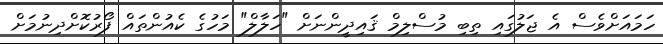
ހަމައަށްވެސް އެ ޖަލުގައި ތިބި މުސްލިމް ޤައިދީންނަށް "ހަލާލް" މަހުގެ ކެއުންތައް ފޯރުކޮށްދިނުމަށް